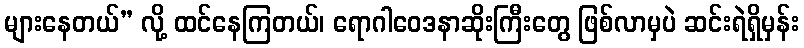
များနေတယ်” လို့ ထင်နေကြတယ်၊ ရောဂါဝေဒနာဆိုးကြီးတွေ ဖြစ်လာမှပဲ ဆင်းရဲရှိမှန်း